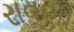
રાવણી